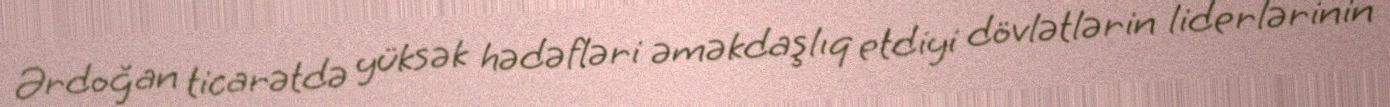
Ərdoğan ticarətdə yüksək hədəfləri əməkdaşlıq etdiyi dövlətlərin liderlərinin